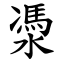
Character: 㵗